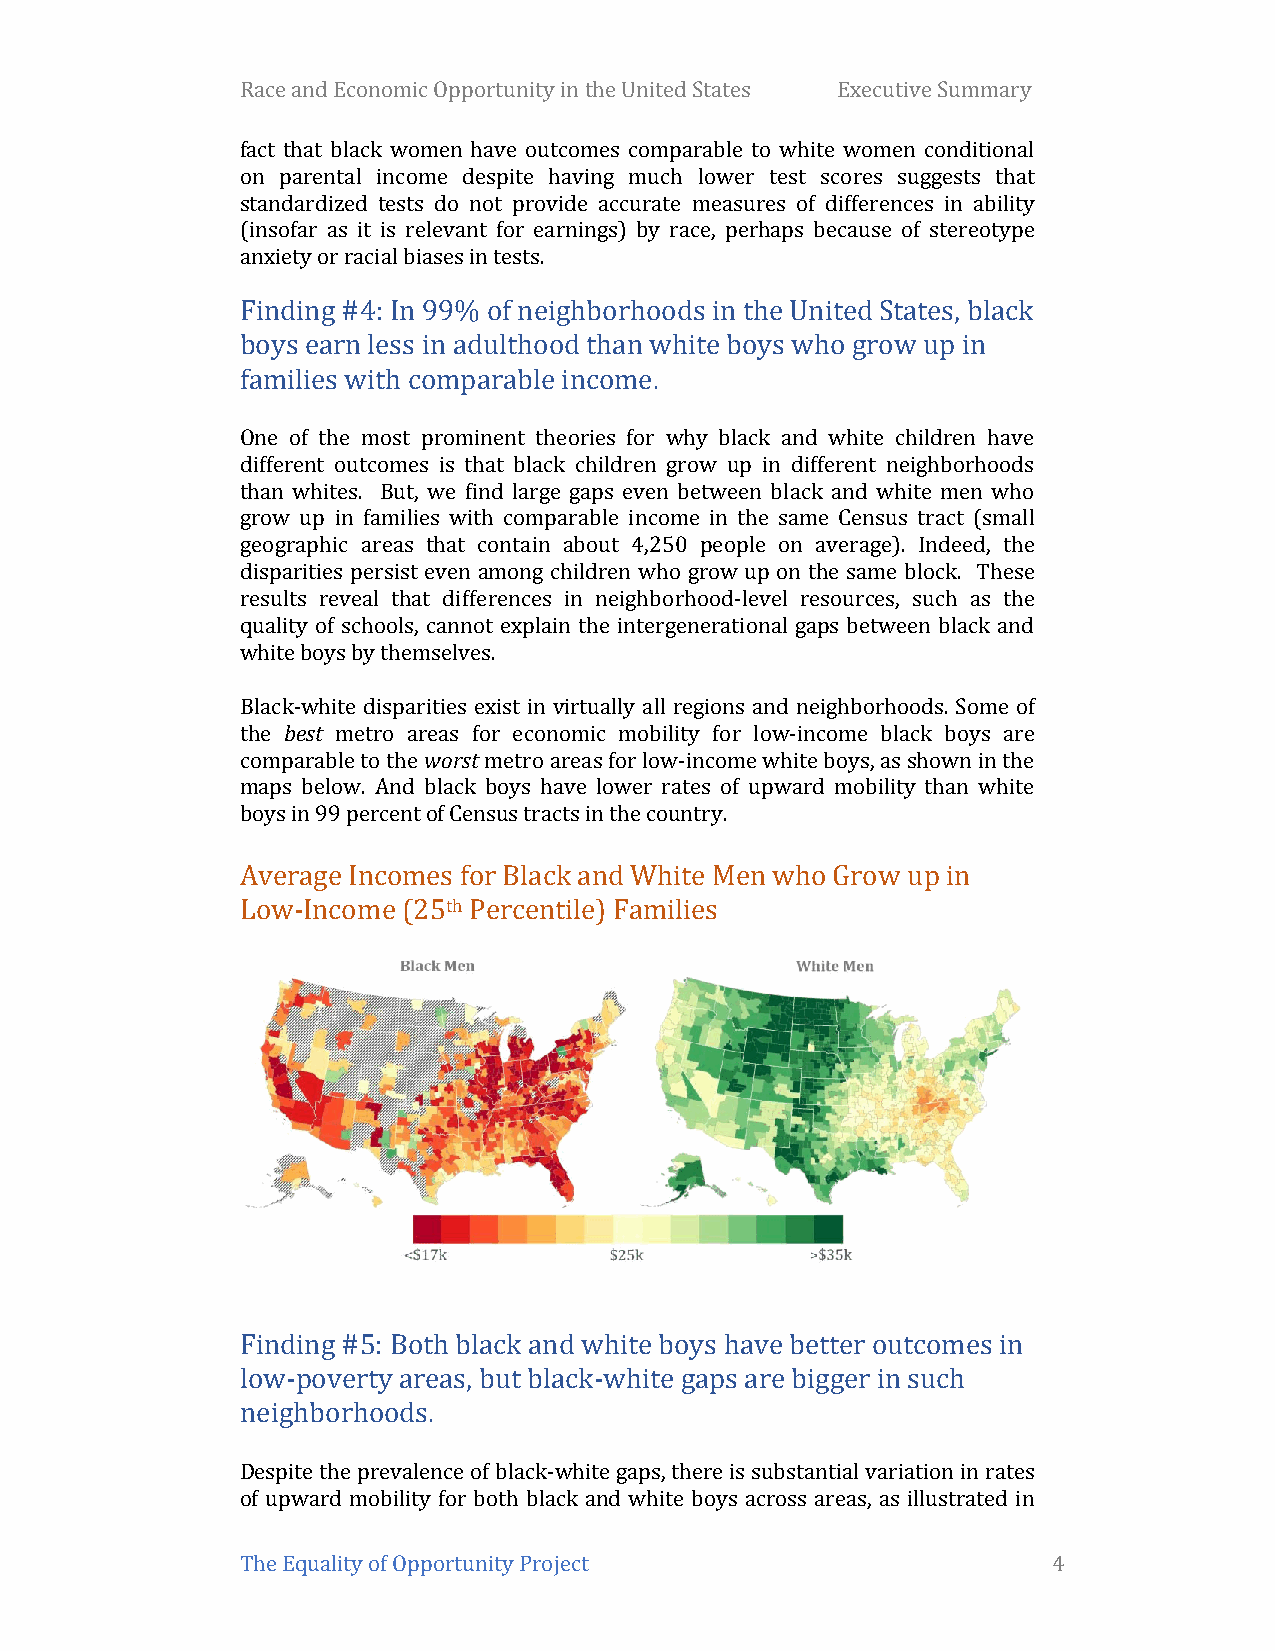
Race and Economic Opportunity in the United States Executive Summary
 fact that black women have outcomes comparable to white women conditional
 on parental income despite having much lower test scores suggests that
 standardized tests do not provide accurate measures of differences in ability
 (insofar as it is relevant for earnings) by race, perhaps because of stereotype
 anxiety or racial biases in tests.
 Finding #4: In 99% of neighborhoods in the United States, black
 boys earn less in adulthood than white boys who grow up in
 families with comparable income.
 One of the most prominent theories for why black and white children have
 different outcomes is that black children grow up in different neighborhoods
 than whites. But, we find large gaps even between black and white men who
 grow up in families with comparable income in the same Census tract (small
 geographic areas that contain about 4,250 people on average). Indeed, the
 disparities persist even among children who grow up on the same block. These
 results reveal that differences in neighborhood-level resources, such as the
 quality of schools, cannot explain the intergenerational gaps between black and
 white boys by themselves.
 Black-white disparities exist in virtually all regions and neighborhoods. Some of
 the best metro areas for economic mobility for low-income black boys are
 comparable to the worst metro areas for low-income white boys, as shown in the
 maps below. And black boys have lower rates of upward mobility than white
 boys in 99 percent of Census tracts in the country.
 Average Incomes for Black and White Men who Grow up in
 Low-Income (25th Percentile) Families
 Finding #5: Both black and white boys have better outcomes in
 low-poverty areas, but black-white gaps are bigger in such
 neighborhoods.
 Despite the prevalence of black-white gaps, there is substantial variation in rates
 of upward mobility for both black and white boys across areas, as illustrated in
 The Equality of Opportunity Project                   4